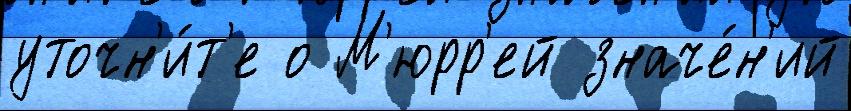
уточн'и́т'е о М'юрр'ей значе́н'ий